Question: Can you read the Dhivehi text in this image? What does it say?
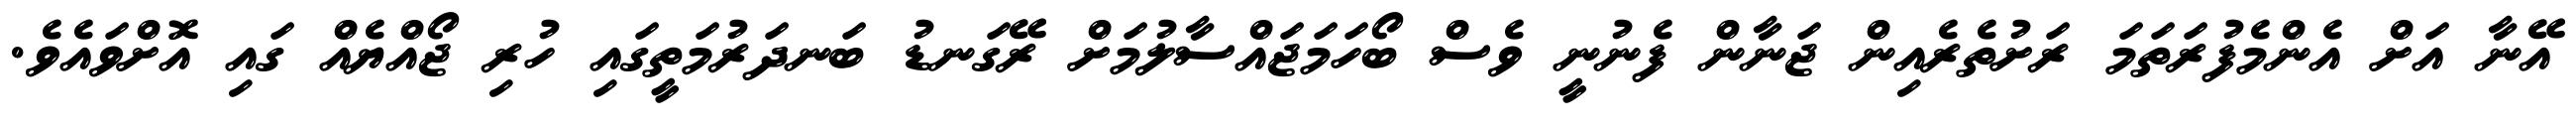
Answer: އޭނާ އަށް އެންމެފުރަތަމަ ރަށުތެރެއިން ޖަނާން ފެނުނީ ވެސް ބޯހަމަޖައްސާލުމަށް ރޭގަނޑު ބަނދަރުމަތީގައި ހުރި ޖޯއްޔެއް ގައި އޮށްވައެވެ.